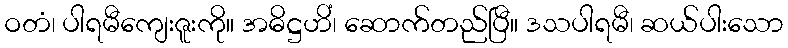
ဝတံ၊ ပါရမီကျေးဇူးကို။ အဓိဋ္ဌဟိံ၊ ဆောက်တည်ပြီ။ ဒသပါရမီ၊ ဆယ်ပါးသော